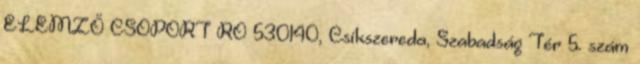
ELEMZŐ CSOPORT RO 530140, Csíkszereda, Szabadság Tér 5. szám